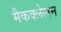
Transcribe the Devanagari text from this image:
मैकक्लेलन